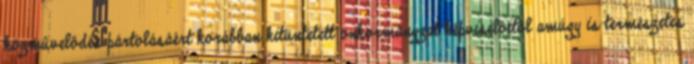
közmûvelôdés pártolásáért korábban kitüntetett önkormányzat képviselôitôl amúgy is természetes